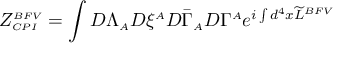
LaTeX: \displaystyle Z _ { \scriptscriptstyle C P I } ^ { \scriptscriptstyle B F V } = \int { \cal D } \Lambda _ { \scriptscriptstyle A } { \cal D } \xi ^ { \scriptscriptstyle A } { \cal D } \bar { \Gamma } _ { \scriptscriptstyle A } { \cal D } \Gamma ^ { \scriptscriptstyle A } e ^ { i \int d ^ { 4 } x \widetilde { \cal L } ^ { \scriptscriptstyle B F V } }